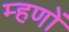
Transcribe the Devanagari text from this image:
म्हणों